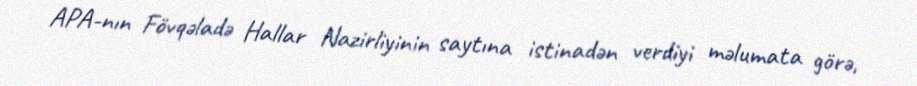
APA-nın Fövqəladə Hallar Nazirliyinin saytına istinadən verdiyi məlumata görə,